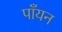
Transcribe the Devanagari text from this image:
पाँयन